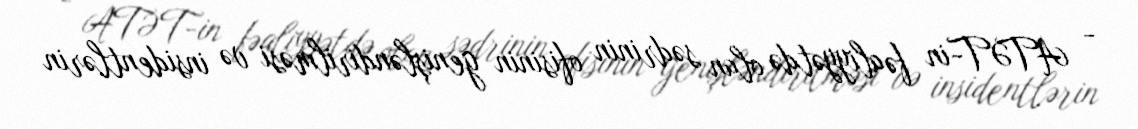
- ATƏT-in fəaliyyətdə olan sədrinin ofisinin genişləndirilməsi və insidentlərin